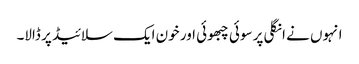
انہوں نے انگلی پر سوئی چبھوئی اور خون ایک سلائیڈ پر ڈالا۔